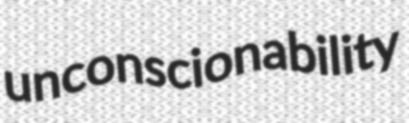
unconscionability